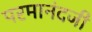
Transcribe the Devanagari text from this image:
परमानंदजी